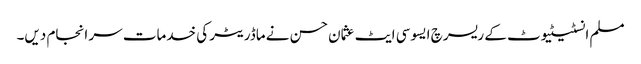
مسلم انسٹیٹیوٹ کے ریسرچ ایسوسی ایٹ عثمان حسن نے ماڈریٹر کی خدمات سر انجام دیں۔